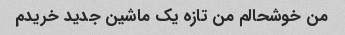
من خوشحالم من تازه یک ماشین جدید خریدم